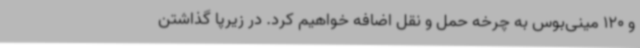
و 120 مینی‌بوس به چرخه حمل و نقل اضافه خواهیم کرد. در زیرپا گذاشتن